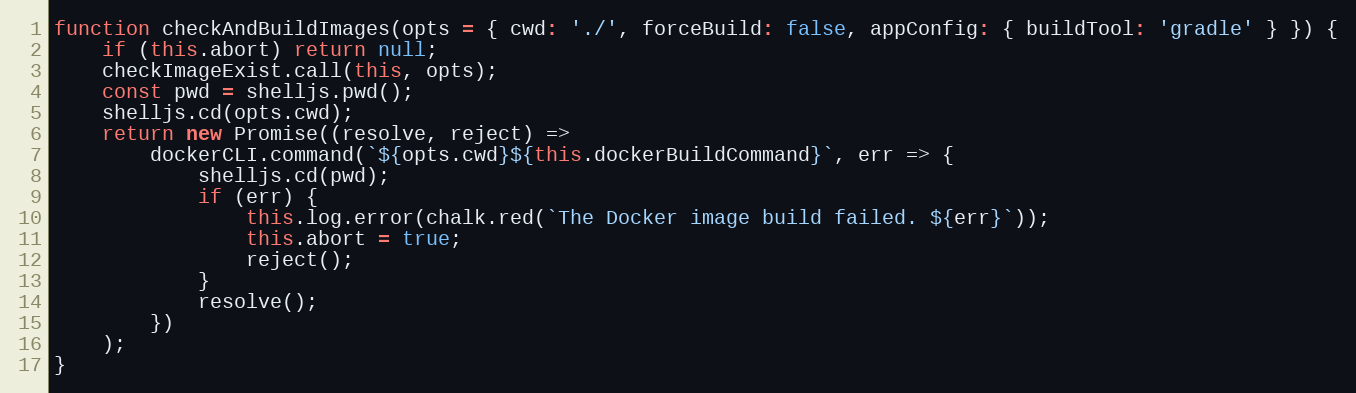
Language: JavaScript
function checkAndBuildImages(opts = { cwd: './', forceBuild: false, appConfig: { buildTool: 'gradle' } }) {
    if (this.abort) return null;
    checkImageExist.call(this, opts);
    const pwd = shelljs.pwd();
    shelljs.cd(opts.cwd);
    return new Promise((resolve, reject) =>
        dockerCLI.command(`${opts.cwd}${this.dockerBuildCommand}`, err => {
            shelljs.cd(pwd);
            if (err) {
                this.log.error(chalk.red(`The Docker image build failed. ${err}`));
                this.abort = true;
                reject();
            }
            resolve();
        })
    );
}